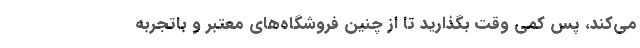
می‌کند، پس کمی وقت بگذارید تا از چنین فروشگاه‌های معتبر و باتجربه